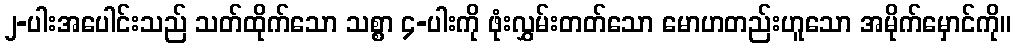
၂-ပါးအပေါင်းသည် သတ်ထိုက်သော သစ္စာ ၄-ပါးကို ဖုံးလွှမ်းတတ်သော မောဟတည်းဟူသော အမိုက်မှောင်ကို။